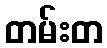
တမ်းတ